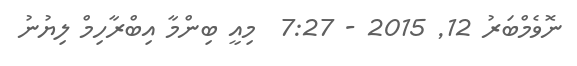
ނޮވެމްބަރު 12